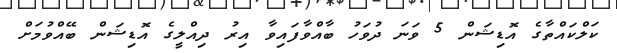
ކަލްކައްތާގެ އޮޑިޝަން 5 ވަނަ ދުވަހު ބާއްވާފައިވާ އިރު ދިއްލީގެ އޮޑިޝަން ބޭއްވުމަށް